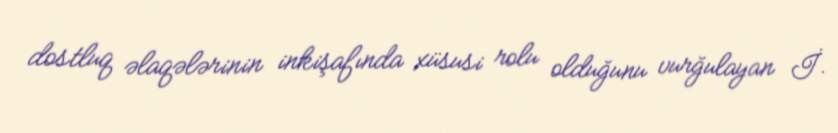
dostluq əlaqələrinin inkişafında xüsusi rolu olduğunu vurğulayan İ.